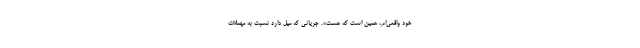
خود واقعی‌ام، همین است که هست». جریانی که میل دارد نسبت به مهملات